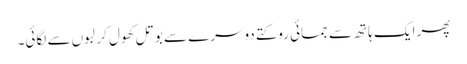
پھر ایک ہاتھ سے جمائی روکتے دوسرے سے بوتل کھول کر لبوں سے لگائی۔